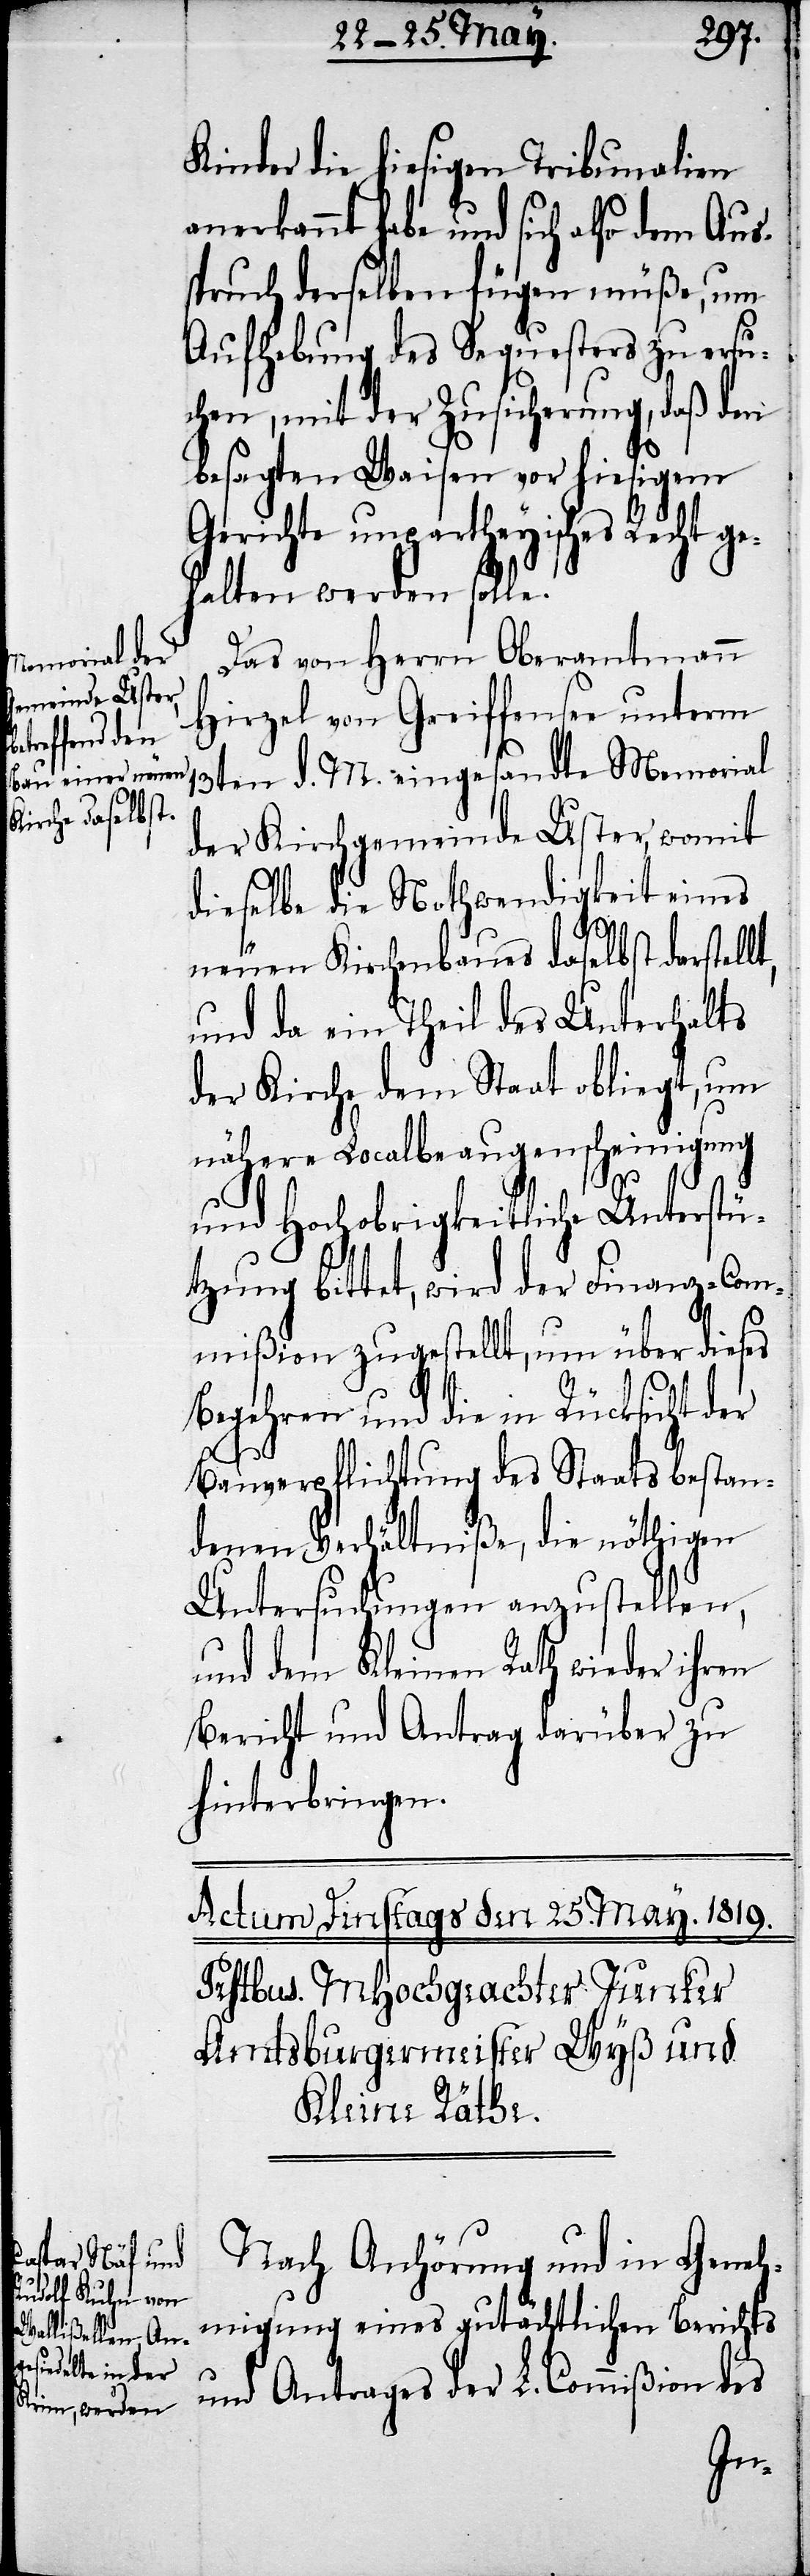
Kinder die hiesigen Tribunalien
anerkannt habe und sich also dem Aus¬
spruch derselben fügen müße, um
Aufhebung des Sequesters zu ersu¬
chen, mit der Zusicherung, daß den
besagten Waisen vor hiesigem
Gerichte unpartheiyisches Recht ge¬
halten werden solle.
Das von Herrn Oberamtmann
Hirzel von Greiffensee unterm
13ten d. M. eingesandte Memorial
der Kirchgemeinde Uster, womit
dieselbe die Nothwendigkeit eines
neuen Kirchenbaues daselbst darstell¬
und da ein Theil des Unterhalts
der Kirche dem Staat obliegt, um
nähere Localbeaugenscheinigung
und Hochobrigkeitliche Unterstü¬
tzung bittet, wird der Finanz-Com¬
mißion zugestellt, um über dieses
Begehren und die in Rücksicht der
Bauverpflichtung des Staats bestan¬
denen Verhältniße, die nöthigen
Untersuchungen anzustellen,
und dem Kleinen Rath wieder ihren
Bericht und Antrag darüber zu
hinterbringen.
Nach Anhörung und in Geneh¬
migung eines gutächtlichen Berichts
t,
und Antrages der L. Commißion des